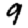
Digit: 9